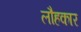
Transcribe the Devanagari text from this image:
लौहकार